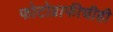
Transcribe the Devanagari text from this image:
फोटोग्राफीचीही